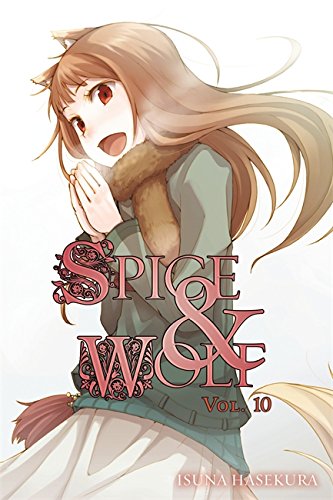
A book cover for Spice and Wolf, Vol. 10; Isuna Hasekura; Science Fiction & Fantasy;